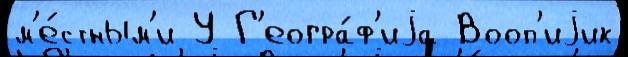
м'е́стным'и У Г'еогра́ф'иjа Вооп'иjик